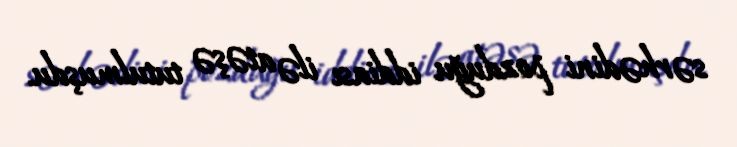
sərhədini pozduğu iddiası ilə atəşə tutulmuşdu.